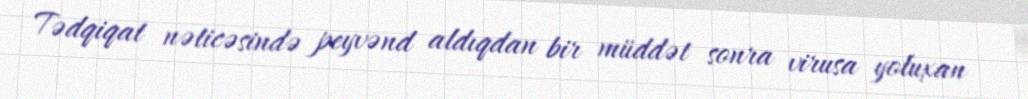
Tədqiqat nəticəsində peyvənd aldıqdan bir müddət sonra virusa yoluxan